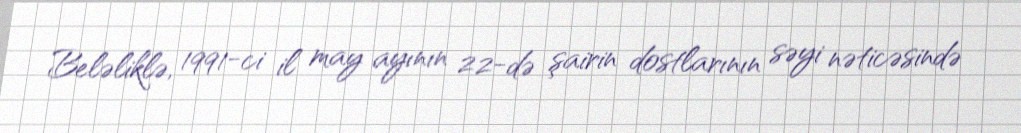
Beləliklə, 1991-ci il may ayının 22-də şairin dostlarının səyi nəticəsində